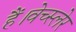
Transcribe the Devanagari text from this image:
हैं।वेच्स्लेर